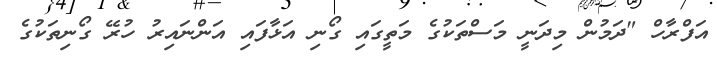
އަފްރާހް "ދަމުން މިދަނީ މަސްތަކުގެ މަތީގައި ގޯނި އަޅާފައި އަންނައިރު ހުރޭ ގޯނިތަކުގެ